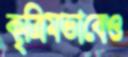
কৃত্রিমভাবেও